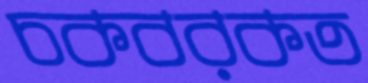
চকবরকত